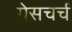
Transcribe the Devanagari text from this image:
ग्रेसचर्च